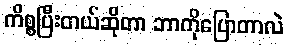
ကိစ္စပြီးတယ်ဆိုတာ ဘာကိုပြောတာလဲ